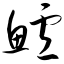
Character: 鲈